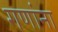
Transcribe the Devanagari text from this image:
गणांना